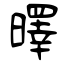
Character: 曎